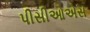
પીસીઓએસ